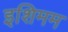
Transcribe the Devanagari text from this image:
इशिमम